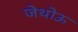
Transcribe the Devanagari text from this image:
जेथोऊ